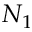
N _ { 1 }